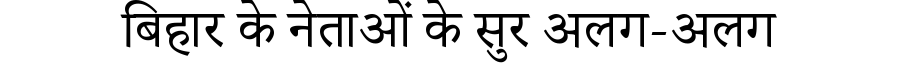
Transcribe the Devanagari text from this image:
बिहार के नेताओं के सुर अलग-अलग